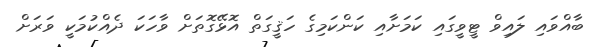
ބާއްވައި ލައިވް ޓީވީގައި ކަމަށާއި ކަންކަމިގެ ހަޤީގަތް އޮޅޭގޮތަށް ވާހަކަ ދެއްކުމަކީ ވަރަށް